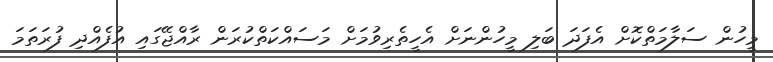
މީހުން ސަލާމަތްކޮށް އެފަދަ ބަލި މީހުންނަށް އެހީތެރިވުމަށް މަސައްކަތްކުރަން ރާއްޖޭގައި އުފެއްދި ފުރަތަމަ